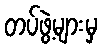
တပ်ဖွဲ့များမှ